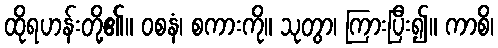
ထိုရဟန်းတို့၏။ ဝစနံ၊ စကားကို။ သုတွာ၊ ကြားပြီး၍။ ကာစိ၊